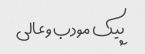
پیک مودب و عالی